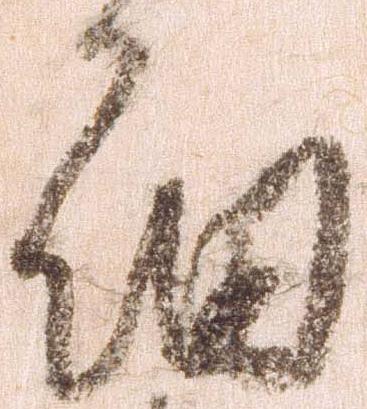
細